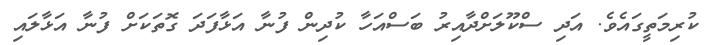
ކުރިމަތީގައެވެ. އަދި ސްކޫލަށްދާއިރު ބަސްއަހާ ކުދިން ފުނާ އަޅާފަދަ ގޮތަކަށް ފުނާ އަޅާލައި